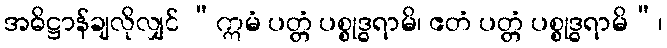
အဓိဋ္ဌာန်ချလိုလျှင် “ဣမံ ပတ္တံ ပစ္စုဒ္ဓရာမိ၊ ဧတံ ပတ္တံ ပစ္စုဒ္ဓရာမိ”၊